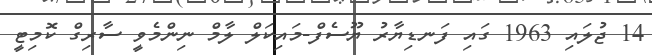
14 ޖުލައި 1963 ގައި ފަނޑިޔާރު ޔޫސެފް-މައިކަލް ލާމް ނިންމެވީ ސާރިގް ކޮމިޓީ